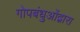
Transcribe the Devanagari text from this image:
गोपबंधुओंद्वारा